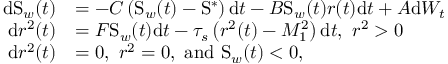
\begin{array} { r l } { \mathrm { d } \mathrm { S } _ { w } ( t ) } & { = - C \left( \mathrm { S } _ { w } ( t ) - \mathrm { S } ^ { \ast } \right) \mathrm { d } t - B \mathrm { S } _ { w } ( t ) r ( t ) \mathrm { d } t + A \mathrm { d } W _ { t } } \\ { \mathrm { d } r ^ { 2 } ( t ) } & { = F \mathrm { S } _ { w } ( t ) \mathrm { d } t - \tau _ { s } \left( r ^ { 2 } ( t ) - M _ { 1 } ^ { 2 } \right) \mathrm { d } t , \mathrm { ~ } r ^ { 2 } > 0 } \\ { \mathrm { d } r ^ { 2 } ( t ) } & { = 0 , \mathrm { ~ } r ^ { 2 } = 0 , \mathrm { ~ a n d ~ } \mathrm { S } _ { w } ( t ) < 0 , } \end{array}